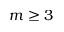
m \ge 3